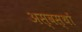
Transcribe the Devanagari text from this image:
अस्वस्थों